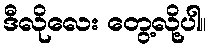
ဒီလိုလေး တွေ့လို့ပါ။